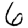
Digit: 6